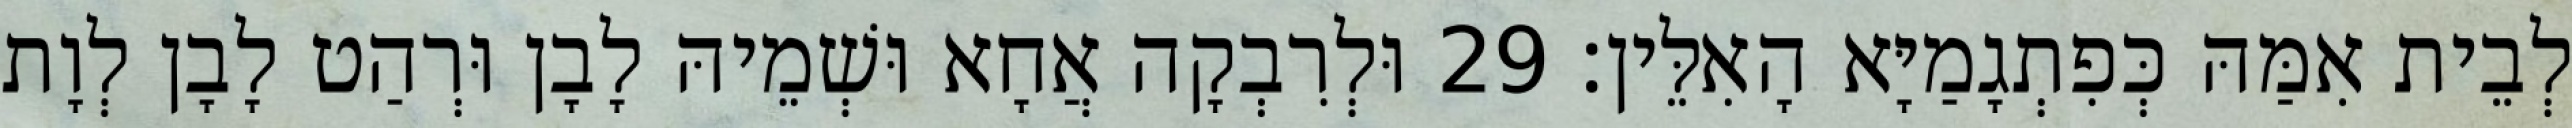
לְבֵית אִמַּהּ כְּפִתְגָמַיָּא הָאִלֵּין׃ 29 וּלְרִבְקָה אֲחָא וּשְׁמֵיהּ לָבָן וּרְהַט לָבָן לְוָת